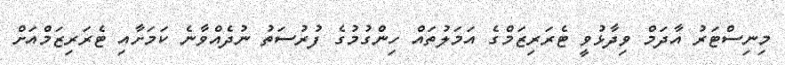
މިނިސްޓަރު އާދަމް ވިދާޅުވީ ޓެރަރިޒަމްގެ އަމަލުތައް ހިންގުމުގެ ފުރުސަތު ނުދެއްވާނެ ކަމަށާއި ޓެރަރިޒަމްއަށް